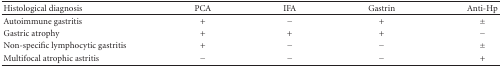
| Histological diagnosis | PCA | IFA | Gastrin | Anti-Hp |
 | --- | --- | --- | --- | --- |
 | Autoimmune gastritis | + | − | + | ± |
 | Gastric atrophy | + | + | + | − |
 | Non-specific lymphocytic gastritis | + | − | − | ± |
 | Multifocal atrophic astritis | − | − | − | + |